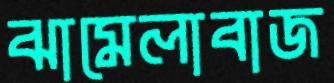
ঝামেলাবাজ